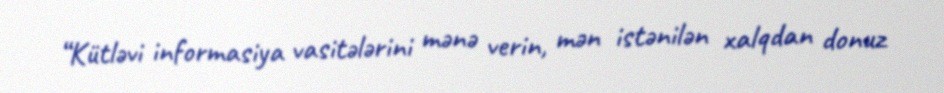
“Kütləvi informasiya vasitələrini mənə verin, mən istənilən xalqdan donuz